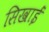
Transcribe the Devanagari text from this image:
सिखाईं